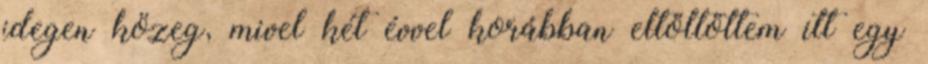
idegen közeg, mivel két évvel korábban eltöltöttem itt egy